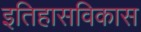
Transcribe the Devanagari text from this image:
इतिहासविकास